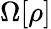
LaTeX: \Omega[\rho]